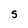
Character: S